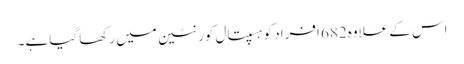
اس کے علاوہ682 اَفراد کو ہسپتال کورنٹین میں رکھا گیا ہے۔